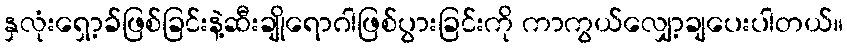
နှလုံးရှော့ခ်ဖြစ်ခြင်းနဲ့ဆီးချိုရောဂါဖြစ်ပွားခြင်းကို ကာကွယ်လျှော့ချပေးပါတယ်။